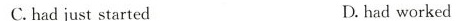
C.had just started D.had worked